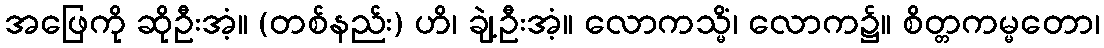
အဖြေကို ဆိုဦးအံ့။ (တစ်နည်း) ဟိ၊ ချဲ့ဦးအံ့။ လောကသ္မိံ၊ လောက၌။ စိတ္တကမ္မတော၊